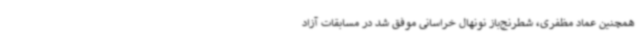
همچنین عماد مظفری، شطرنج‌باز نونهال خراسانی موفق شد در مسابقات آزاد